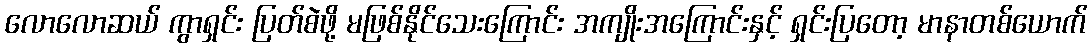
လောလောဆယ် ကွာရှင်း ပြတ်စဲဖို့ မဖြစ်နိုင်သေးကြောင်း အကျိုးအကြောင်းနှင့် ရှင်းပြတော့ မာနာတစ်ယောက်